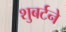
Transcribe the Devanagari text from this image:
शुबर्टने